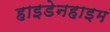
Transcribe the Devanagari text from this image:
हाइडेनहाइम